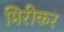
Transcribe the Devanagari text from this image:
मिरीकर